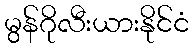
မွန်ဂိုလီးယားနိုင်ငံ